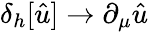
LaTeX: \delta_{h}[{\hat{u}}]\to\partial_{\mu}{\hat{u}}